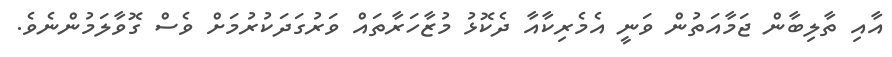
އާއި ތާލިބާން ޖަމާއަތުން ވަނީ އެމެރިކާއާ ދެކޮޅު މުޒާހަރާތައް ވަރުގަދަކުރުމަށް ވެސް ގޮވާލަމުންނެވެ.